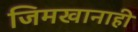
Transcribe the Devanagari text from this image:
जिमखानाही